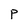
Character: P